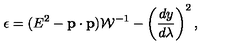
\epsilon = ( E ^ { 2 } - { \bf p } \cdot { \bf p } ) { \cal W } ^ { - 1 } - \left( { \frac { d y } { d \lambda } } \right) ^ { 2 } ,